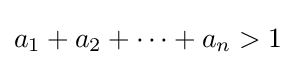
a_{1}+a_{2}+\dotsb +a_{n}>1